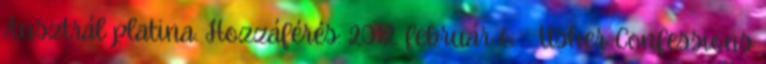
Ausztrál platina. Hozzáférés: 2012. február 6. ↑ Usher Confessions